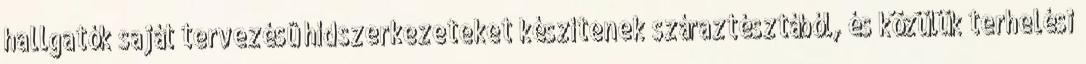
hallgatók saját tervezésû hídszerkezeteket készítenek száraztésztából, és közülük terhelési